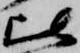
比